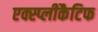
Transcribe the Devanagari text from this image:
एक्स्प्लीकैटिफ